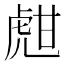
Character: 甝